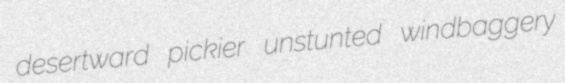
desertward pickier unstunted windbaggery